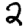
Digit: 2